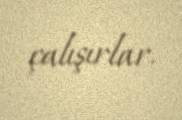
çalışırlar.